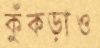
কুঁকড়াও